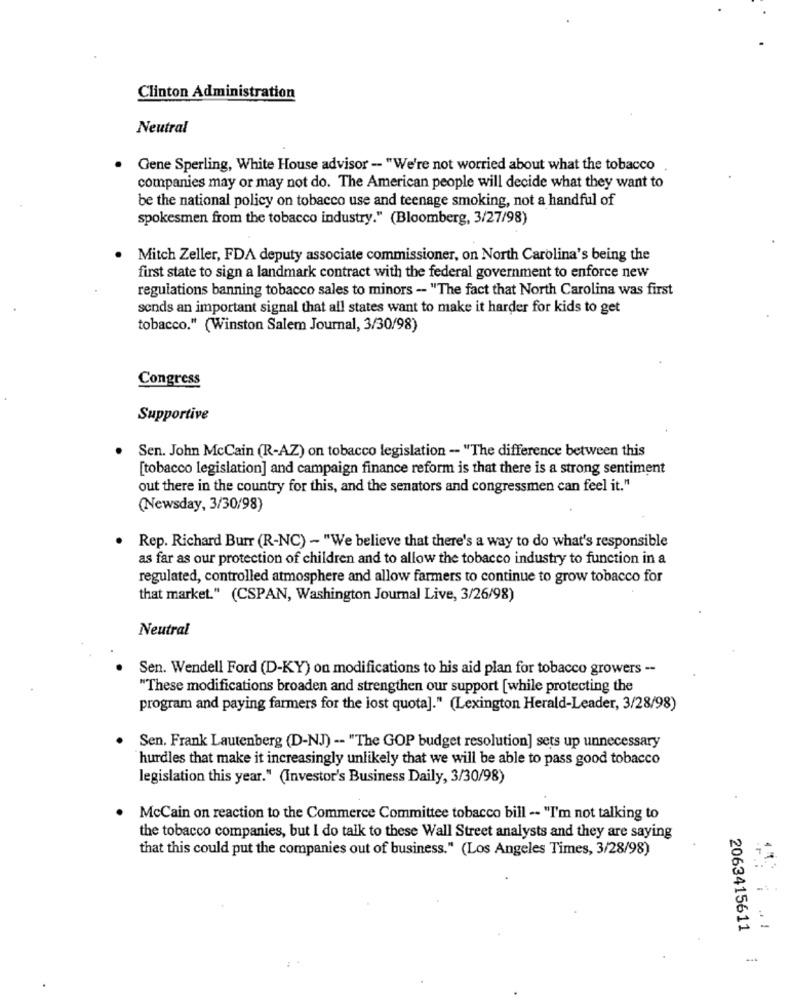
Clinton Administration
Neutral
Gene Sperling, White House advisor - "We're not worried about what the tobacco
companies may or may not do. The American people will decide what they want to
be the national policy on tobacco use and teenage smoking, not a handful of
spokesmen from the tobacco industry." (Bloomberg, 3/27/98)
Mitch Zeller, FDA deputy associate commissioner, on North Carolina's being the
first state to sign a landmark contract with the federal government to enforce new
regulations banning tobacco sales to minors - "The fact that North Carolina was first
sends an important signal that all states want to make it harder for kids to get
tobacco." (Winston Salem Journal, 3/30/98)
Congress
Supportive
Sen. John McCain (R-AZ) on tobacco legislation - "The difference between this
[tobacco legislation] and campaign finance reform is that there is a strong sentiment
out there in the country for this, and the senators and congressmen can feel it."
(Newsday, 3/30/98)
Rep. Richard Burr (R-NC) - "We believe that there's a way to do what's responsible
as far as our protection of children and to allow the tobacco industry to function in a
regulated, controlled atmosphere and allow farmers to continue to grow tobacco for
that market." (CSPAN, Washington Journal Live, 3/26/98)
Neutral
Sen. Wendell Ford (D-KY) on modifications to his aid plan for tobacco growers --
"These modifications broaden and strengthen our support [while protecting the
program and paying farmers for the lost quota]." (Lexington Herald-Leader, 3/28/98)
Sen. Frank Lautenberg (D-NJ) -- "The GOP budget resolution] sets up unnecessary
hurdles that make it increasingly unlikely that we will be able to pass good tobacco
legislation this year." (Investor's Business Daily, 3/30/98)
McCain on reaction to the Commerce Committee tobacco bill -- "I'm not talking to
the tobacco companies, but I do talk to these Wall Street analysts and they are saying
that this could put the companies out of business." (Los Angeles Times, 3/28/98)
2063415611
1